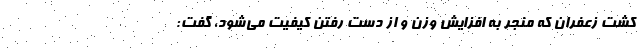
کشت زعفران که منجر به افزایش وزن و از دست رفتن کیفیت می‌شود، گفت: